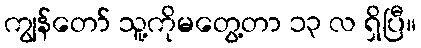
ကျွန်တော် သူ့ကိုမတွေ့တာ ၁၃ လ ရှိပြီ။